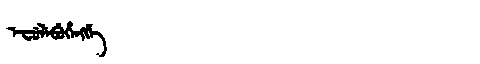
Manchu: ᡝᠸᡠᠯᡝᠪᡠᡥᡝᠩᡤᡝ
Romanization: EFULEBUHENGGE